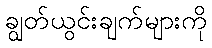
ချွတ်ယွင်းချက်များကို